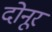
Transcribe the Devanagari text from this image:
दोनूर